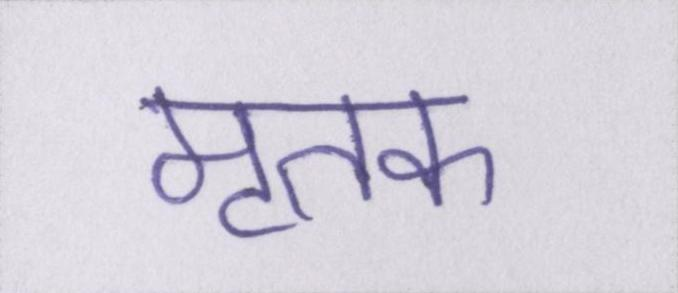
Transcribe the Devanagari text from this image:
मृतक